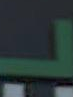
بـ